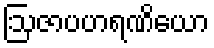
ဩဇာပဟရဏိယော